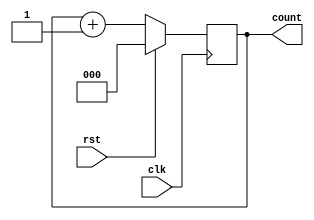
module counter_behav(count,rst,clk);
	input rst,clk;
	output reg [2:0] count;
	always@(posedge clk)
	if(rst)
		count<=3'b000;
	else
		count<=count+1;
endmodule

module test_mod;
	reg r,c;
	wire [2:0] ct;
	counter_behav countbeh(ct,r,c);
	initial
	begin
		$dumpfile("cnt_test.vcd");
		$dumpvars(0,test_mod);
		r=1;
		c=0;
		#100
		r=0;
		#200 $finish;
	end
	always #5 c=~c;
endmodule